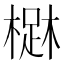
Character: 𣙳